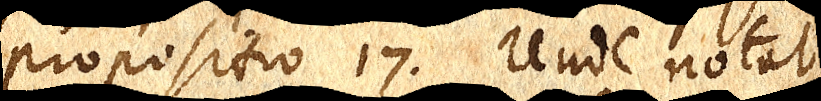
propositio 17. Unde notat